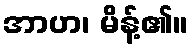
အာဟ၊ မိန့်၏။